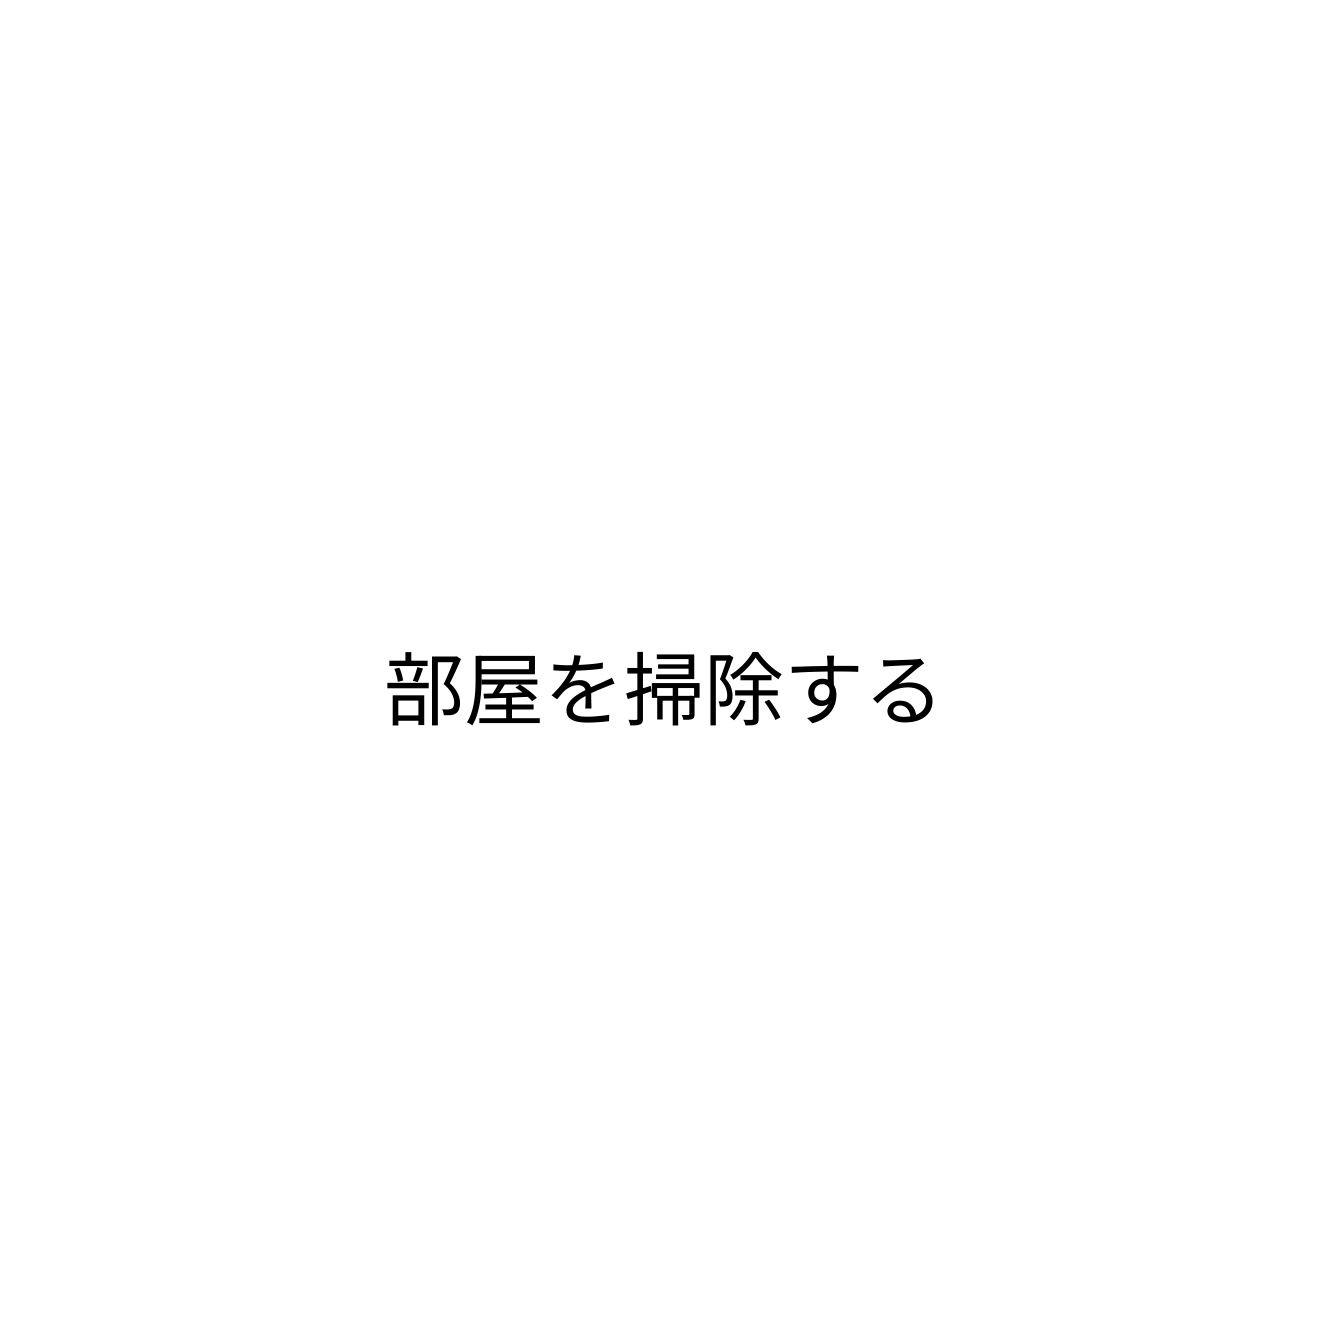
部屋を掃除する